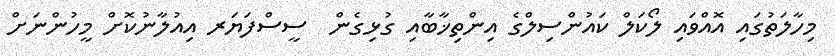
މިހާލަތުގައި އޮއްވައި ލޯކަލް ކައުންސިލްގެ އިންތިޚާބާއި ގުޅިގެން  ސީސްފަޔަރ އިއުލާނުކޮށް މީހުންނަށް